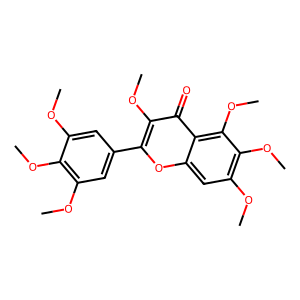
SMILES: COc1cc(-c2oc3cc(OC)c(OC)c(OC)c3c(=O)c2OC)cc(OC)c1OC
Inhibits HIV replication: No